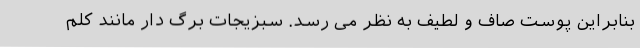
بنابراین پوست صاف و لطیف به نظر می رسد. سبزیجات برگ دار مانند کلم